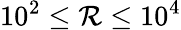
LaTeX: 10^{2}\leq\mathcal{R}\leq 10^{4}